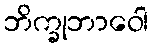
ဘိက္ခုဘာဝေါ